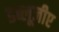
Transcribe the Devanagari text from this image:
डब्लूजीए